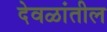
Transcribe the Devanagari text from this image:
देवळांतील